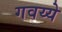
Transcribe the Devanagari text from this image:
गवय्ये